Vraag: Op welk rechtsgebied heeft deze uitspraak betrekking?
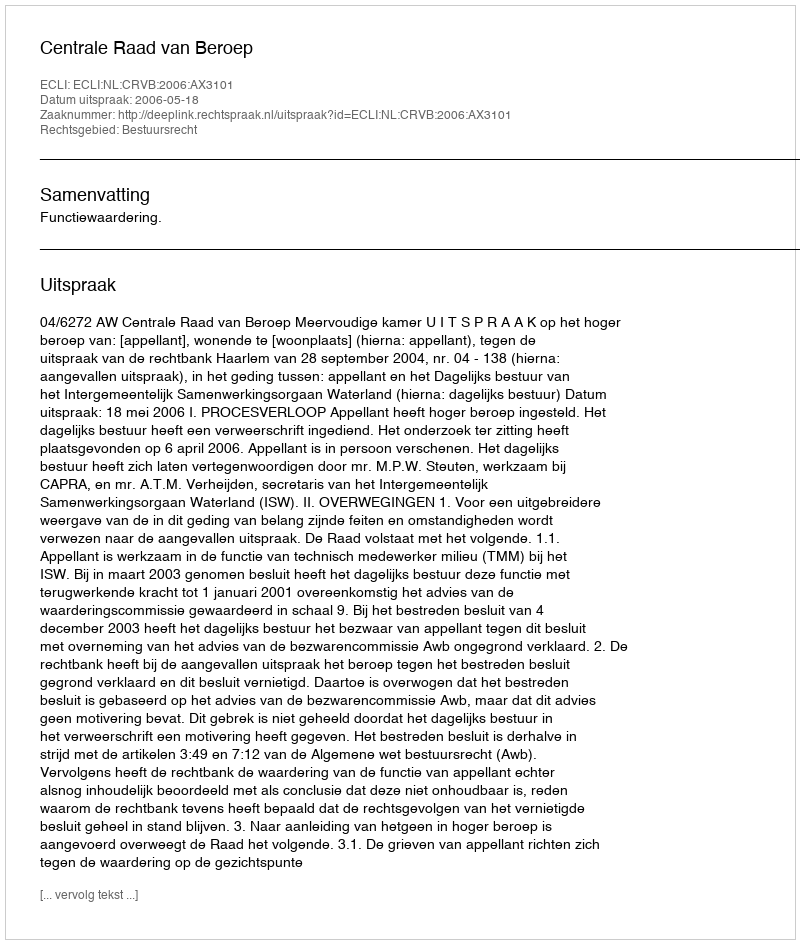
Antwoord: Bestuursrecht